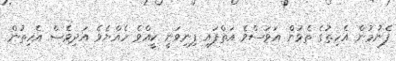
ފެނުމުން އެހިތުގެ ތެޅުން އަވަސްވެ އަތްފައި ފިނިވަނީ ކީއްވެ ހެއްޔެވެ އަދިވެސް އެހިތުން